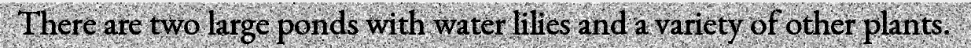
There are two large ponds with water lilies and a variety of other plants.